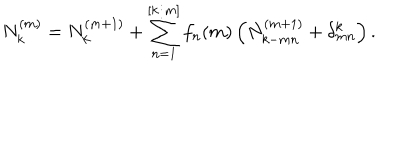
N _ { k } ^ { ( m ) } = N _ { k } ^ { ( m + 1 ) } + \sum _ { n = 1 } ^ { [ k / m ] } f _ { n } ( m ) \left( N _ { k - m n } ^ { ( m + 1 ) } + \delta _ { m n } ^ { k } \right) .